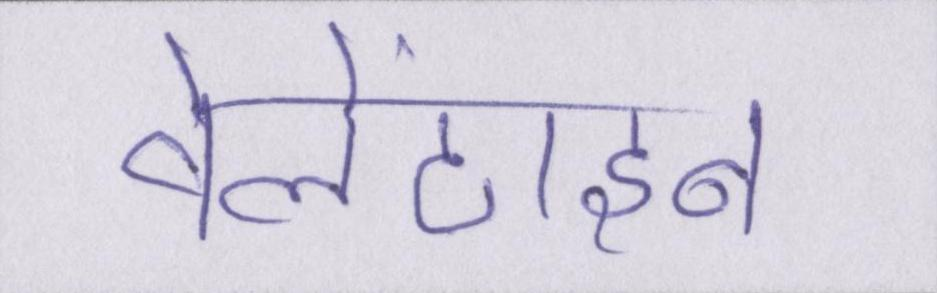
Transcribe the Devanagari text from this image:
वेलेंटाइन